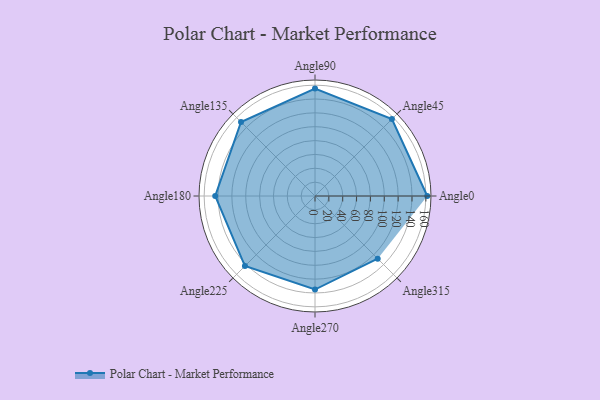
{"axis": {"x": "Angle", "y": "Radius"}, "legend": [""], "data": [{"x": "Angle0", "y": 162.0, "type": ""}, {"x": "Angle45", "y": 157.0, "type": ""}, {"x": "Angle90", "y": 155.0, "type": ""}, {"x": "Angle135", "y": 151.0, "type": ""}, {"x": "Angle180", "y": 144.0, "type": ""}, {"x": "Angle225", "y": 143.0, "type": ""}, {"x": "Angle270", "y": 135.0, "type": ""}, {"x": "Angle315", "y": 128.0, "type": ""}]}